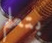
بتعلم